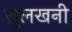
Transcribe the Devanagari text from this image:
सुलखनी